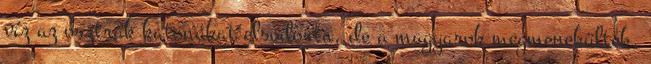
víz az osztrák katonákat elsodorta, de a magyarok megmenekültek,